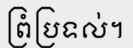
ព្រំប្រទល់។